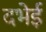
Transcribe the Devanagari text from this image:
दभेई